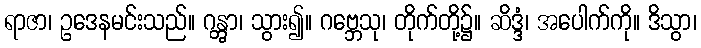
ရာဇာ၊ ဥဒေနမင်းသည်။ ဂန္တွာ၊ သွား၍။ ဂဗ္ဘေသု၊ တိုက်တို့၌။ ဆိဒ္ဒံ၊ အပေါက်ကို။ ဒိသွာ၊